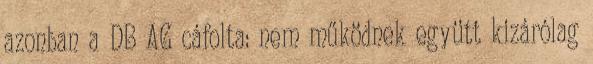
azonban a DB AG cáfolta: nem működnek együtt kizárólag